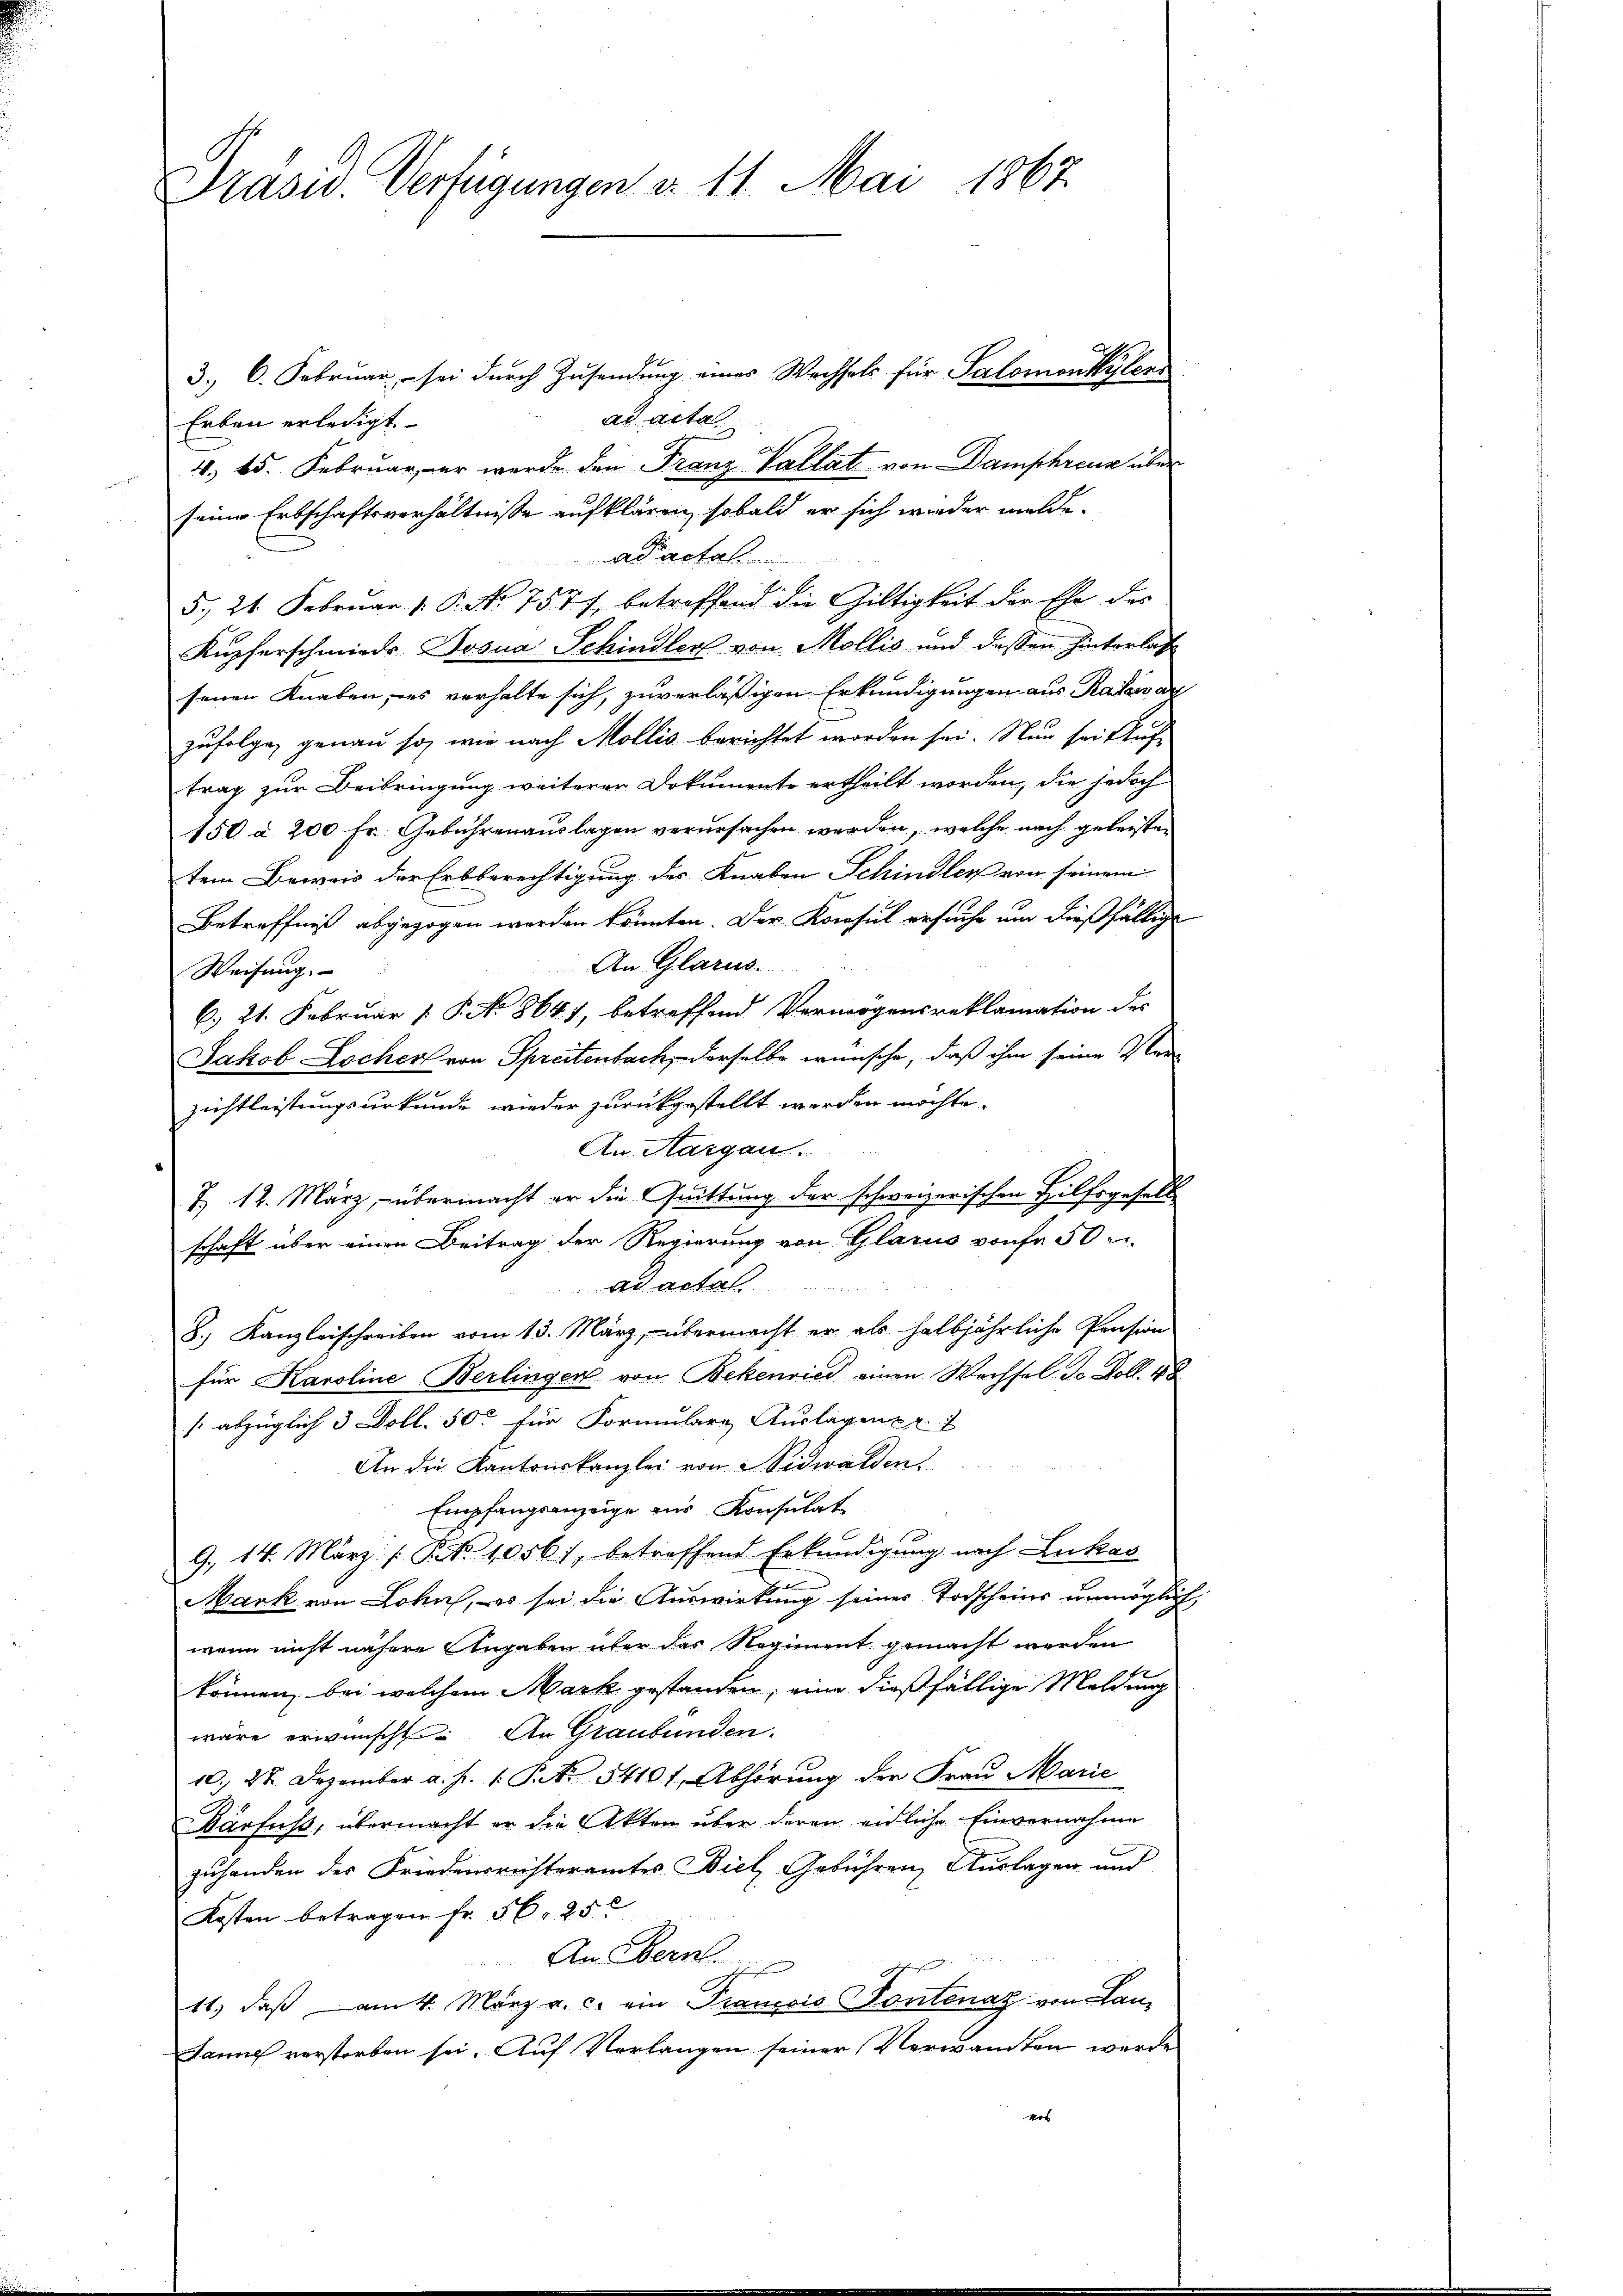
Präsid. Verfügungen d. 11. Mai 1867.

3. 6. Februar, – sei durch Zusendung eines Wechsels für Salomonkülenr
ad acta.
Erbau erledigt.
4. 65. Februar, er werde den Franz Vallat von Damphreuz über
seine Erbschaftsverhältnisse aufklären, sobald er sich wieder melde.
ad actat
5., 21. Februar 1. P. No 7577, betreffend die Giltigkeit der Ehe des
Kupferschmieds Bosna Schindler von Mollis und dessen hinterlas
senen Knaben, es verhalte sich, zuverläßigen Erkundigungen aus Rasen au
zufolge genau so, wie nach Mollis berichtet worden sei. Nun sei Auftrag zur Beibringung weiterer Dokumente ertheilt worden, die jedoch
150 a 200 Fr. Gebührenauslagen verursachen werden, welche nach geleisten
tem Beweis der Erbberechtigung des Knaben Schindler von seinem
Betreffniß abgezogen werden könnten. Der Konsul ersuche um dießfällige
An Glarus.
Weisung.
C. 21. Februar [ P. No 8641, betreffend Vermögensreklamation des
Jakob Lochen von Spreitenbach, derselbe wünsche, daß ihm seine Verzichtleistungsurkunde wieder zurückgestellt werden möchte.
An Aargau.
T. 12. März, übermacht er die Quittung der schweizerischen Hilfsgesell
schaft über einen Beitrag der Regierung von Glarus von 50 r
ad acta
8. Kanzleischreiben vom 13. März, übermacht er als halbjährliche Pension
für Karoline Berlingen von Bekenried einen Wechsel de Doll. 48
[: abzüglich 3 Doll. 50. für Formulare Auslagen pr. 1
An die Kantonskanzlei von 2 Nidwalden.
Empfangsanzeige zur Konsulat
9., 14. März [No 1056), betreffend Erkundigung nach Lukas
Mark von Lohn, es sei die Auswirkung seines Todscheins unmöglich
wenn nicht nähere Angaben über das Regiment gemacht werden
können, bei welchem Mark gestanden, eine dießfällige Meldung
wäre erwünscht. An Graubünden.
10. 22. Dezember a. p. 1. P. Nr. 5410 f. Abhörung der Frau Marie
Barfuß, übermacht er die Akten über deren endliche Einvernahme
zuhanden des Friedensrichteramtes Biel Gebühren Auslagen und
Kosten betragen fr. 56, 25
An Ebern.
schen und die
11.) daß am 4. März a. c. ein Prancois Pontenaz von Lan-
Janne verstorben sei. Auf Verlangen seiner Verwandten werde
des |